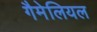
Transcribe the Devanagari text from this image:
गैमेलियल